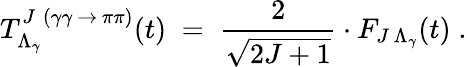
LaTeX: T_{\Lambda_{\gamma}}^{J\; (\gamma\gamma\, \rightarrow\, \pi\pi)}(t)\; =\; \frac{2}{\sqrt{2J+1}}\cdot F_{J\, \Lambda_{\gamma}}(t)\; .